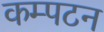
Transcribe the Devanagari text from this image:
कम्पटन